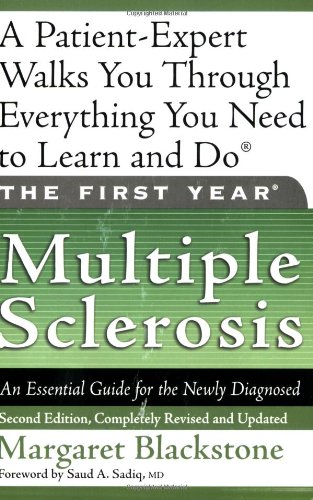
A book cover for The First Year: Multiple Sclerosis: An Essential Guide for the Newly Diagnosed; Margaret Blackstone; Health, Fitness & Dieting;